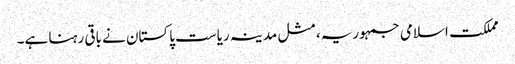
مملکت اسلامی جمہوریہ، مثل مدینہ ریاست پاکستان نے باقی رہنا ہے۔